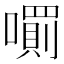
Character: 𡁪